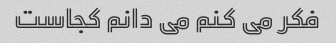
فکر می کنم می دانم کجاست